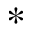
\ast